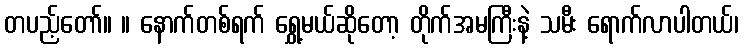
တပည့်တော်။ ။ နောက်တစ်ရက် ရွှေ့မယ်ဆိုတော့ တိုက်အမကြီးနဲ့ သမီး ရောက်လာပါတယ်၊